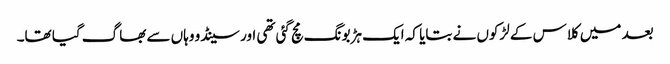
بعد میں کلاس کے لڑکوں نے بتایا کہ ایک ہڑبونگ مچ گئی تھی اور سینڈو وہاں سے بھاگ گیا تھا۔